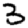
Digit: 3